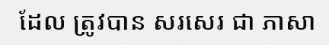
ដែល ត្រូវបាន សរសេរ ជា ភាសា